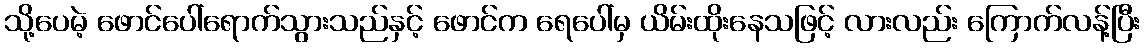
သို့ပေမဲ့ ဖောင်ပေါ်ရောက်သွားသည်နှင့် ဖောင်က ရေပေါ်မှ ယိမ်းထိုးနေသဖြင့် လားလည်း ကြောက်လန့်ပြီး